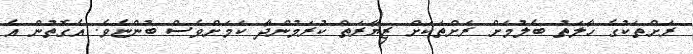
ރަށްތަކުގެ ހާލަތު ބެލުމަށް ރަށްތަކަށް ޒިޔާރަތް ކުރަމުންދާ ކަމަށްވެސް ބުންޏެވެ. އެގޮތުން އެ